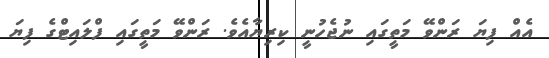
އެއް ފިޔަ ރަންވޭ މަތީގައި ނުޖެހުނީ ކިރިޔާއެވެ. ރަންވޭ މަތީގައި ފްލައިޓްގެ ފިޔަ